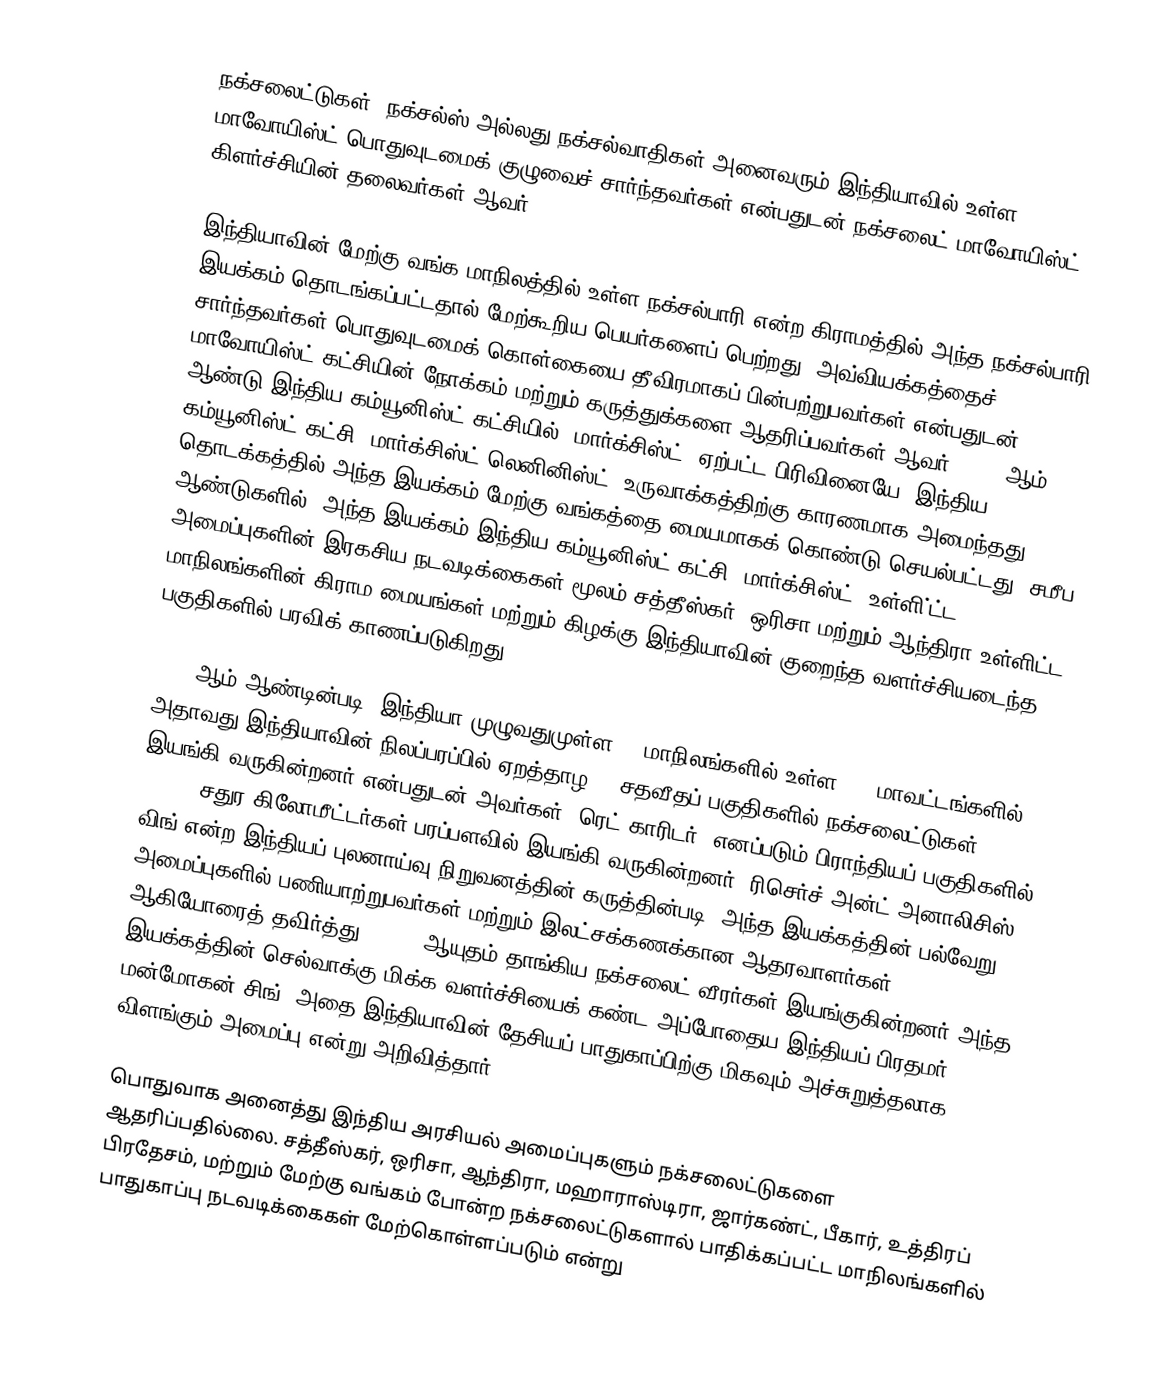
நக்சலைட்டுகள், நக்சல்ஸ் அல்லது நக்சல்வாதிகள் அனைவரும் இந்தியாவில் உள்ள மாவோயிஸ்ட் பொதுவுடமைக் குழுவைச் சார்ந்தவர்கள் என்பதுடன் நக்சலைட்-மாவோயிஸ்ட் கிளர்ச்சியின் தலைவர்கள் ஆவர்.

இந்தியாவின் மேற்கு வங்க மாநிலத்தில் உள்ள நக்சல்பாரி என்ற கிராமத்தில் அந்த நக்சல்பாரி இயக்கம் தொடங்கப்பட்டதால் மேற்கூறிய பெயர்களைப் பெற்றது. அவ்வியக்கத்தைச் சார்ந்தவர்கள் பொதுவுடமைக் கொள்கையை தீவிரமாகப் பின்பற்றுபவர்கள் என்பதுடன், மாவோயிஸ்ட் கட்சியின் நோக்கம் மற்றும் கருத்துக்களை ஆதரிப்பவர்கள் ஆவர். 1967 ஆம் ஆண்டு இந்திய கம்யூனிஸ்ட் கட்சியில் (மார்க்சிஸ்ட்) ஏற்பட்ட பிரிவினையே, இந்திய கம்யூனிஸ்ட் கட்சி (மார்க்சிஸ்ட்-லெனினிஸ்ட்) உருவாக்கத்திற்கு காரணமாக அமைந்தது. தொடக்கத்தில் அந்த இயக்கம் மேற்கு வங்கத்தை மையமாகக் கொண்டு செயல்பட்டது. சமீப ஆண்டுகளில், அந்த இயக்கம் இந்திய கம்யூனிஸ்ட் கட்சி (மார்க்சிஸ்ட்) உள்ளி்ட்ட அமைப்புகளின் இரகசிய நடவடிக்கைகள் மூலம் சத்தீஸ்கர், ஒரிசா மற்றும் ஆந்திரா உள்ளிட்ட மாநிலங்களின் கிராம மையங்கள் மற்றும் கிழக்கு இந்தியாவின் குறைந்த வளர்ச்சியடைந்த பகுதிகளில் பரவிக் காணப்படுகிறது.

2009 ஆம் ஆண்டின்படி, இந்தியா முழுவதுமுள்ள 21 மாநிலங்களில்  உள்ள 220 மாவட்டங்களில், அதாவது இந்தியாவின் நிலப்பரப்பில் ஏறத்தாழ 40 சதவீதப் பகுதிகளில் நக்சலைட்டுகள் இயங்கி வருகின்றனர் என்பதுடன் அவர்கள் "ரெட் காரிடர்" எனப்படும் பிராந்தியப் பகுதிகளில் 92,000 சதுர கிலோமீட்டர்கள் பரப்பளவில் இயங்கி வருகின்றனர். ரிசெர்ச் அன்ட் அனாலிசிஸ் விங் என்ற இந்தியப் புலனாய்வு நிறுவனத்தின் கருத்தின்படி, அந்த இயக்கத்தின் பல்வேறு அமைப்புகளில் பணியாற்றுபவர்கள் மற்றும் இலட்சக்கணக்கான ஆதரவாளர்கள் ஆகியோரைத் தவிர்த்து 20,000 ஆயுதம் தாங்கிய நக்சலைட் வீரர்கள் இயங்குகின்றனர் அந்த இயக்கத்தின் செல்வாக்கு மிக்க வளர்ச்சியைக் கண்ட அப்போதைய இந்தியப் பிரதமர் மன்மோகன் சிங், அதை இந்தியாவின் தேசியப் பாதுகாப்பிற்கு மிகவும் அச்சுறுத்தலாக விளங்கும் அமைப்பு என்று அறிவித்தார்.

பொதுவாக அனைத்து இந்திய அரசியல் அமைப்புகளும் நக்சலைட்டுகளை ஆதரிப்பதில்லை. சத்தீஸ்கர், ஒரிசா, ஆந்திரா, மஹாராஸ்டிரா, ஜார்கண்ட், பீகார், உத்திரப் பிரதேசம், மற்றும் மேற்கு வங்கம் போன்ற நக்சலைட்டுகளால் பாதிக்கப்பட்ட மாநிலங்களில் பாதுகாப்பு நடவடிக்கைகள் மேற்கொள்ளப்படும் என்று